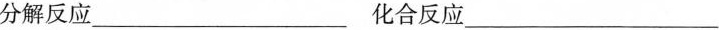
分解反应___化合反应___